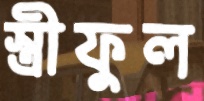
স্ত্রীফুল